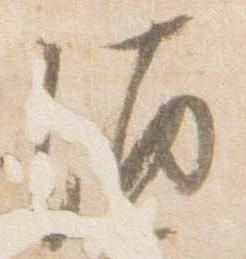
酒